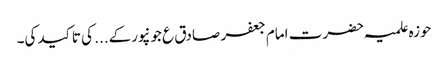
حوزہ علمیہ حضرت امام جعفر صادق ع جونپورکے... کی تاکید کی۔